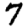
Digit: 7